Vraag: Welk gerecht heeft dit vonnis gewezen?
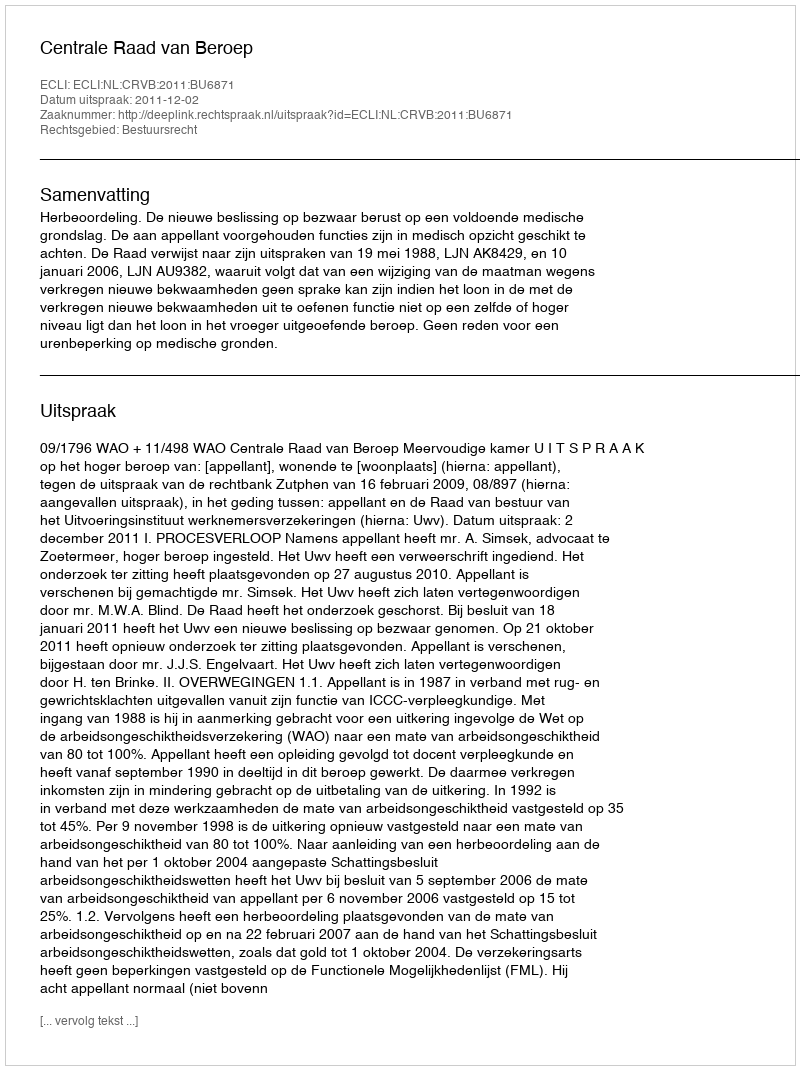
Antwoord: Centrale Raad van Beroep